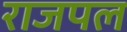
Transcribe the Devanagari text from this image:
राजपल